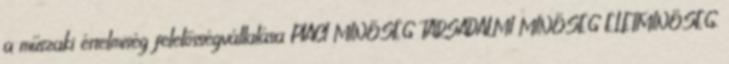
a műszaki értelmiség felelősségvállalása PIACI MINŐSÉG TÁRSADALMI MINŐSÉG ÉLETMINŐSÉG.